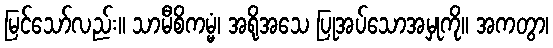
မြင်သော်လည်း။ သာမီစိကမ္မံ၊ အရိုအသေ ပြုအပ်သောအမှုကို။ အကတွာ၊